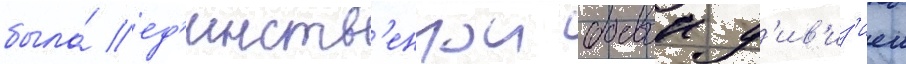
была́ ед'инств'еннои боевои д'ив'из'иеи